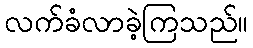
လက်ခံလာခဲ့ကြသည်။